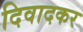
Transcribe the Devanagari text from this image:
दिवादकर